Indian journal of veterinary science and animal husbandry - Volumes 26-27, 1956-1957
Year: 1956
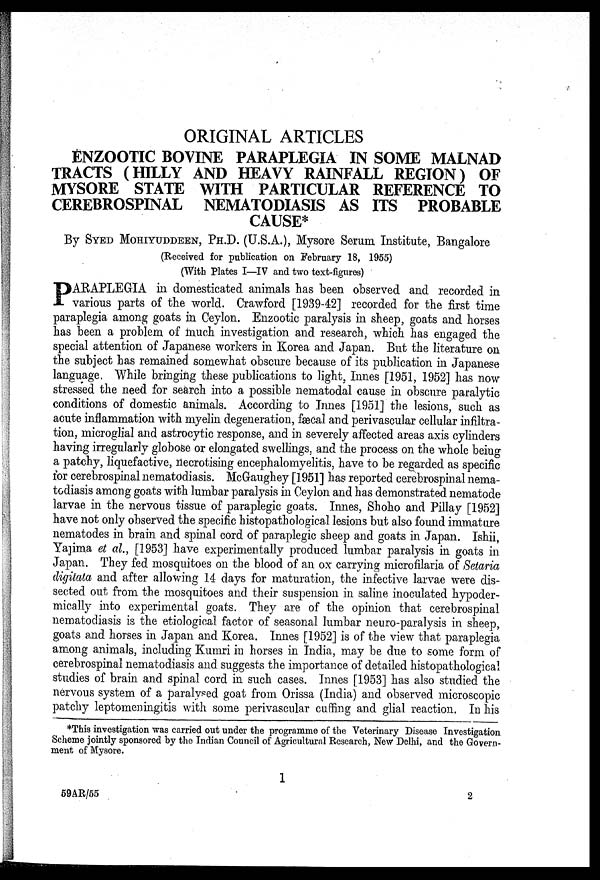
ORIGINAL ARTICLES
ENZOOTIC BOVINE PARAPLEGIA IN SOME MALNAD
TRACTS (HILLY AND HEAVY RAINFALL REGION) OF
MYSORE STATE WITH PARTICULAR REFERENCE TO
CEREBROSPINAL NEMATODIASIS AS ITS PROBABLE
CAUSE*
By SYED MOHIYUDDEEN, PH.D. (U.S.A.), Mysore Serum Institute, Bangalore
(Received for publication on February 18, 1955)
(With Plates I—IV and two text-figures)
P ARAPLEGIA in domesticated animals has been observed and recorded in
various parts of the world. Crawford [1939-42] recorded for the first time
paraplegia among goats in Ceylon. Enzootic paralysis in sheep, goats and horses
has been a problem of much investigation and research, which has engaged the
special attention of Japanese workers in Korea and Japan. But the literature on
the subject has remained somewhat obscure because of its publication in Japanese
language, While bringing these publications to light, Innes [1951, 1952] has now
stressed the need for search into a possible nematodal cause in obscure paralytic
conditions of domestic animals. According to Innes [1951] the lesions, such as
acute inflammation with myelin degeneration, fæcal and perivascular cellular infiltra-
tion, microglial and astrocytic response, and in severely affected areas axis cylinders
having irregularly globose or elongated swellings, and the process on the whole being
a patchy, liquefactive, necrotising encephalomyelitis, have to be regarded as specific
for cerebrospinal nematodiasis. McGaughey [1951] has reported cerebrospinal nema-
todiasis among goats with lumbar paralysis in Ceylon and has demonstrated nematode
larvae in the nervous tissue of paraplegic goats. Innes, Shoho and Pillay [1952]
have not only observed the specific histopathological lesions but also found immature
nematodes in brain and spinal cord of paraplegic sheep and goats in Japan. Ishii,
Yajima et al., [1953] have experimentally produced lumbar paralysis in goats in
Japan. They fed mosquitoes on the blood of an ox carrying microfilaria of Setaria
digitata and after allowing 14 days for maturation, the infective larvae were dis-
sected out from the mosquitoes and their suspension in saline inoculated hypoder-
mically into experimental goats. They are of the opinion that cerebrospinal
nematodiasis is the etiological factor of seasonal lumbar neuro-paralysis in sheep,
goats and horses in Japan and Korea. Innes [1952] is of the view that paraplegia
among animals, including Kumri in horses in India, may be due to some form of
cerebrospinal nematodiasis and suggests the importance of detailed histopathological
studies of brain and spinal cord in such cases. Innes [1953] has also studied the
nervous system of a paralysed goat from Orissa (India) and observed microscopic
patchy leptomeningitis with some perivascular cuffing and glial reaction. In his
*This investigation was carried out under the programme of the Veterinary Disease Investigation
Scheme jointly sponsored by the Indian Council of Agricultural Research, New Delhi, and the Govern-
ment of Mysore.
1
59AR/55
2